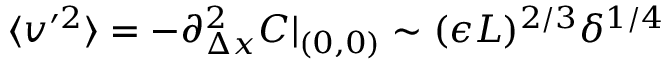
\langle v ^ { \prime 2 } \rangle = - \partial _ { \Delta x } ^ { 2 } C | _ { ( 0 , 0 ) } \sim ( \epsilon L ) ^ { 2 / 3 } \delta ^ { 1 / 4 }